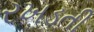
રખડતી